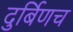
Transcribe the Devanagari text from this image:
दुर्बिणच